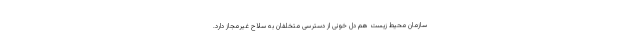
سازمان محیط زیست هم دل خونی از دسترسی متخلفان به سلاح غیرمجاز دارد.